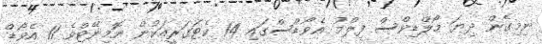
ނިމިގެން ދިޔަ މޯލްޑިވްސް ފިލްމު އެވޯޑްސްގައި 14 ކެޓަގަރީއަކުން ނޮމިނޭޓްވެ 11 އެވޯޑް